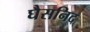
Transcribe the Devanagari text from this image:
घैसनिद